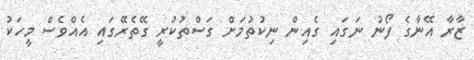
ޒާރާ އޭނާގެ ފޯނު ނަގައި ގެއިން ނިކުތުމަށް ގަސްތުކުރީ ގޭތެރޭގައި އެއްވެސް މީހަކު